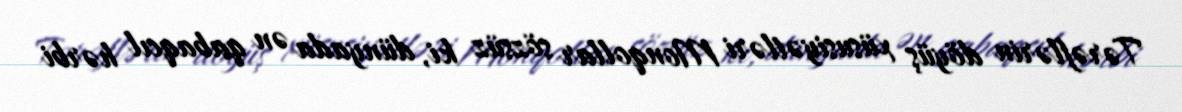
Tərəflərin döyüş xüsusiyətləri Monqollar sözsüz ki, dünyada ən qabaqcıl hərbi